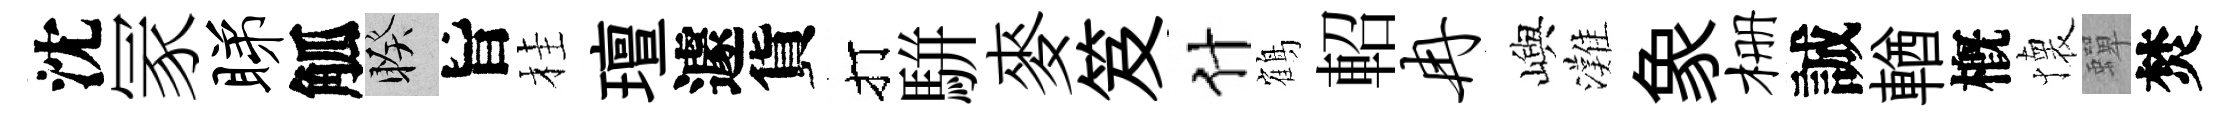
沈冡睇觚睽旨桂璮遽貨打駢麥笈什鶴軺冉嶼灘象栅誠輶槪懐蟬焚